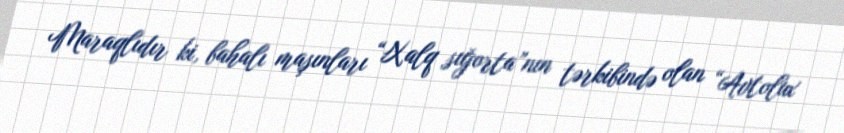
Maraqlıdır ki, bahalı maşınları “Xalq sığorta”nın tərkibində olan “Avtolux